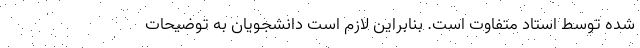
شده توسط استاد متفاوت است. بنابراین لازم است دانشجویان به توضیحات